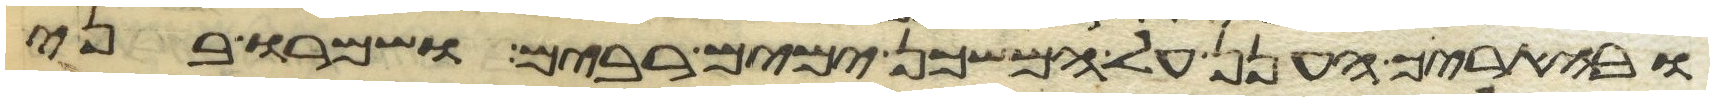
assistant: ובהאריך הענן על המשכן ימים רבים ושמרו בני